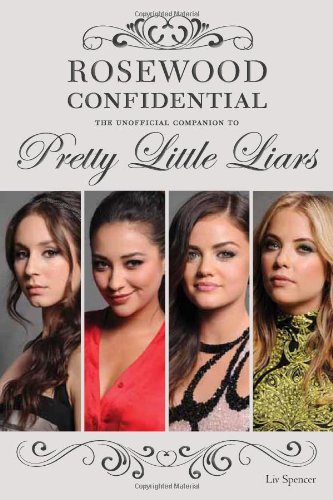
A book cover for Rosewood Confidential: The Unofficial Companion to Pretty Little Liars; Liv Spencer; Teen & Young Adult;